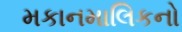
મકાનમાલિકનો